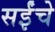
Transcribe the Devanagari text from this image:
सईंचे